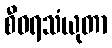
စီဝရသံယုတာ